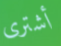
أشترى